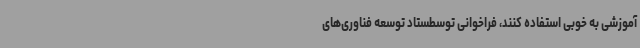
آموزشی به خوبی استفاده کنند، فراخوانی توسطستاد توسعه‌ فناوری‌های